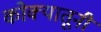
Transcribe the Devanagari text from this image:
कोक्यातूनी